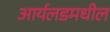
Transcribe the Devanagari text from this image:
आर्यलडमधील